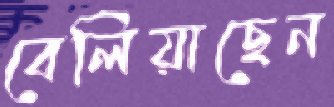
বেলিয়াছেন